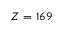
Z = 1 6 9